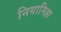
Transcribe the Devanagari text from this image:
नियामिहा